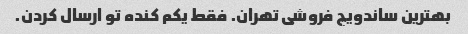
بهترین ساندویچ فروشی تهران. فقط یکم کنده تو ارسال کردن.